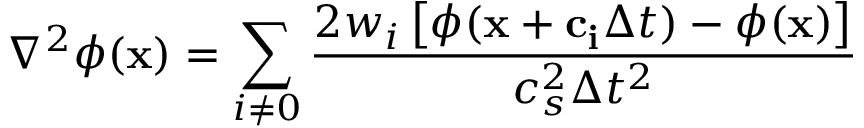
\nabla ^ { 2 } \phi ( \mathbf { x } ) = \sum _ { i \neq 0 } \frac { 2 w _ { i } \left[ \phi ( \mathbf { x } + \mathbf { c _ { i } } \Delta t ) - \phi ( \mathbf { x } ) \right] } { c _ { s } ^ { 2 } \Delta t ^ { 2 } }